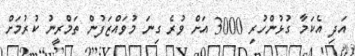
އަދި އެކަމާ ގުޅުންހުރި 3000 އަށް ވުރެ ގިނަ މުވައްޒަފުން ތަމްރީނު ކުރުމަށް